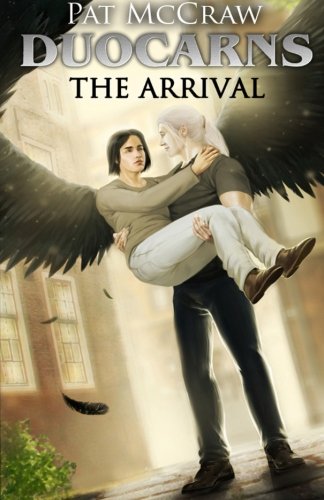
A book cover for Duocarns - The Arrival; Pat McCraw; Science Fiction & Fantasy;